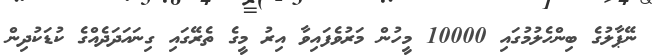
ނޭޕާލުގެ ބިންހެލުމުގައި 10000 މީހުން މަރުވެފައިވާ އިރު މީގެ ތެރޭގައި ގިނައަދަދެއްގެ ކުޑަކުދިން